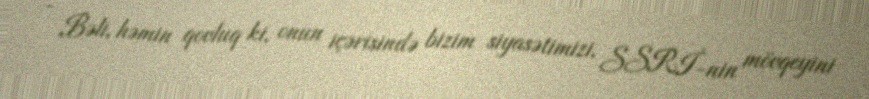
- Bəli, həmin qovluq ki, onun içərisində bizim siyasətimizi, SSRİ-nin mövqeyini